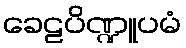
ခေဠပိဏ္ဍူပမံ